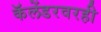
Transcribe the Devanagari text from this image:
कॅलेंडरवरही